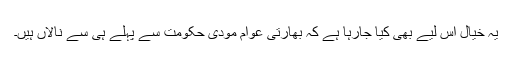
یہ خیال اس لیے بھی کیا جارہا ہے کہ بھارتی عوام مودی حکومت سے پہلے ہی سے نالاں ہیں۔